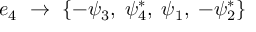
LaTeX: { e _ { 4 } } ~ \rightarrow ~ \{ - \psi _ { 3 } , \; \psi _ { 4 } ^ { * } , \; \psi _ { 1 } , \; - \psi _ { 2 } ^ { * } \}